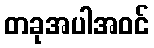
တခုအပါအဝင်